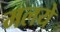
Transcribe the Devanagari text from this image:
मलये